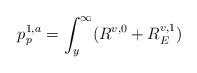
LaTeX: \begin{align*} p_p^{1,a}=\int_y^\infty (R^{v,0}+R_E^{v,1})\end{align*}